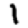
Digit: 1